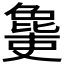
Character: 𣬔